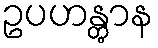
ဥပဟန္တွာန